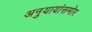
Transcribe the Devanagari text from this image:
अनुयायांसमोर